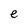
Character: e